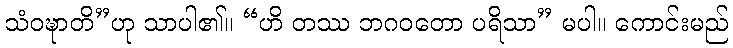
သံဝဍ္ဎာတိ”ဟု သာပါ၏။ “ဟိ တဿ ဘဂဝတော ပရိသာ” မပါ။ ကောင်းမည်